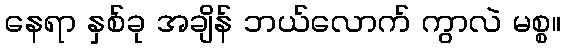
နေရာ နှစ်ခု အချိန် ဘယ်လောက် ကွာလဲ မစ္စ။